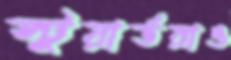
স্টুয়ার্ডরাও